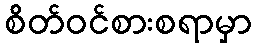
စိတ်ဝင်စားစရာမှာ